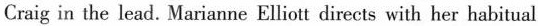
Craig in the lead. Marianne Elliott directs with her habitual